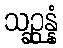
သဉ္ဆန္နံ